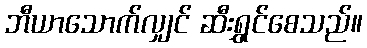
ဘီယာသောက်လျှင် ဆီးရွှင်စေသည်။